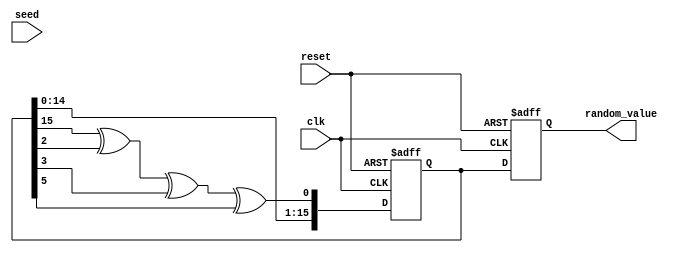
module RandomInitialization #(
    parameter WIDTH = 16 // Default width for the random_value output
)(
    input wire clk,
    input wire reset,
    input wire [WIDTH-1:0] seed, // Optional seed input
    output reg [WIDTH-1:0] random_value // Random value output
);

    // LFSR feedback polynomial (example for 16-bit LFSR)
    localparam POLY = 16'hB400; // Example polynomial for a 16-bit LFSR (x^16 + x^14 + x^13 + x^11 + 1)

    reg [WIDTH-1:0] lfsr; // Internal LFSR register

    // Random value generation process
    always @(posedge clk or posedge reset) begin
        if (reset) begin
            // Reset state: set random_value to a default and clear LFSR
            random_value <= 0;
            lfsr <= 0; // Reset internal LFSR state
        end else begin
            // If seed is non-zero, initialize LFSR with seed
            if (lfsr == 0) begin
                lfsr <= seed; // Set seed for reproducibility
            end

            // LFSR feedback calculation
            random_value <= lfsr;
            // Shift and feedback using the polynomial
            lfsr <= {lfsr[WIDTH-2:0], (lfsr[WIDTH-1] ^ lfsr[WIDTH-14] ^ lfsr[WIDTH-13] ^ lfsr[WIDTH-11])}; // Feedback
        end
    end

endmodule